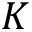
K